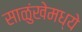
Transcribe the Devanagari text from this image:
साळुंखेमध्ये